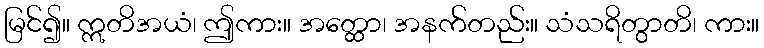
မြင်၍။ ဣတိအယံ၊ ဤကား။ အတ္ထော၊ အနက်တည်း။ သံသရိတွာတိ၊ ကား။